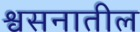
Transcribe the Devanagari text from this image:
श्वसनातील